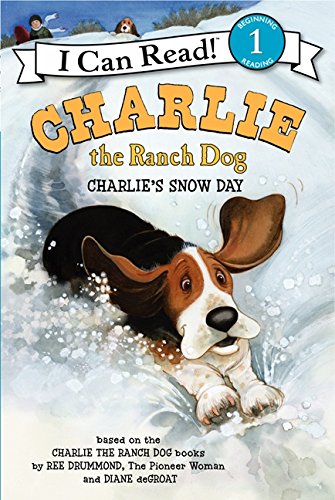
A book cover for Charlie the Ranch Dog: Charlie's Snow Day (I Can Read Level 1); Ree Drummond; Children's Books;